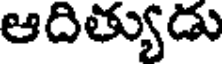
ఆదిత్యుడు